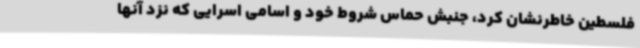
فلسطین خاطرنشان کرد، جنبش حماس شروط خود و اسامی اسرایی که نزد آنها